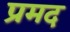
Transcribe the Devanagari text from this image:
प्रमद